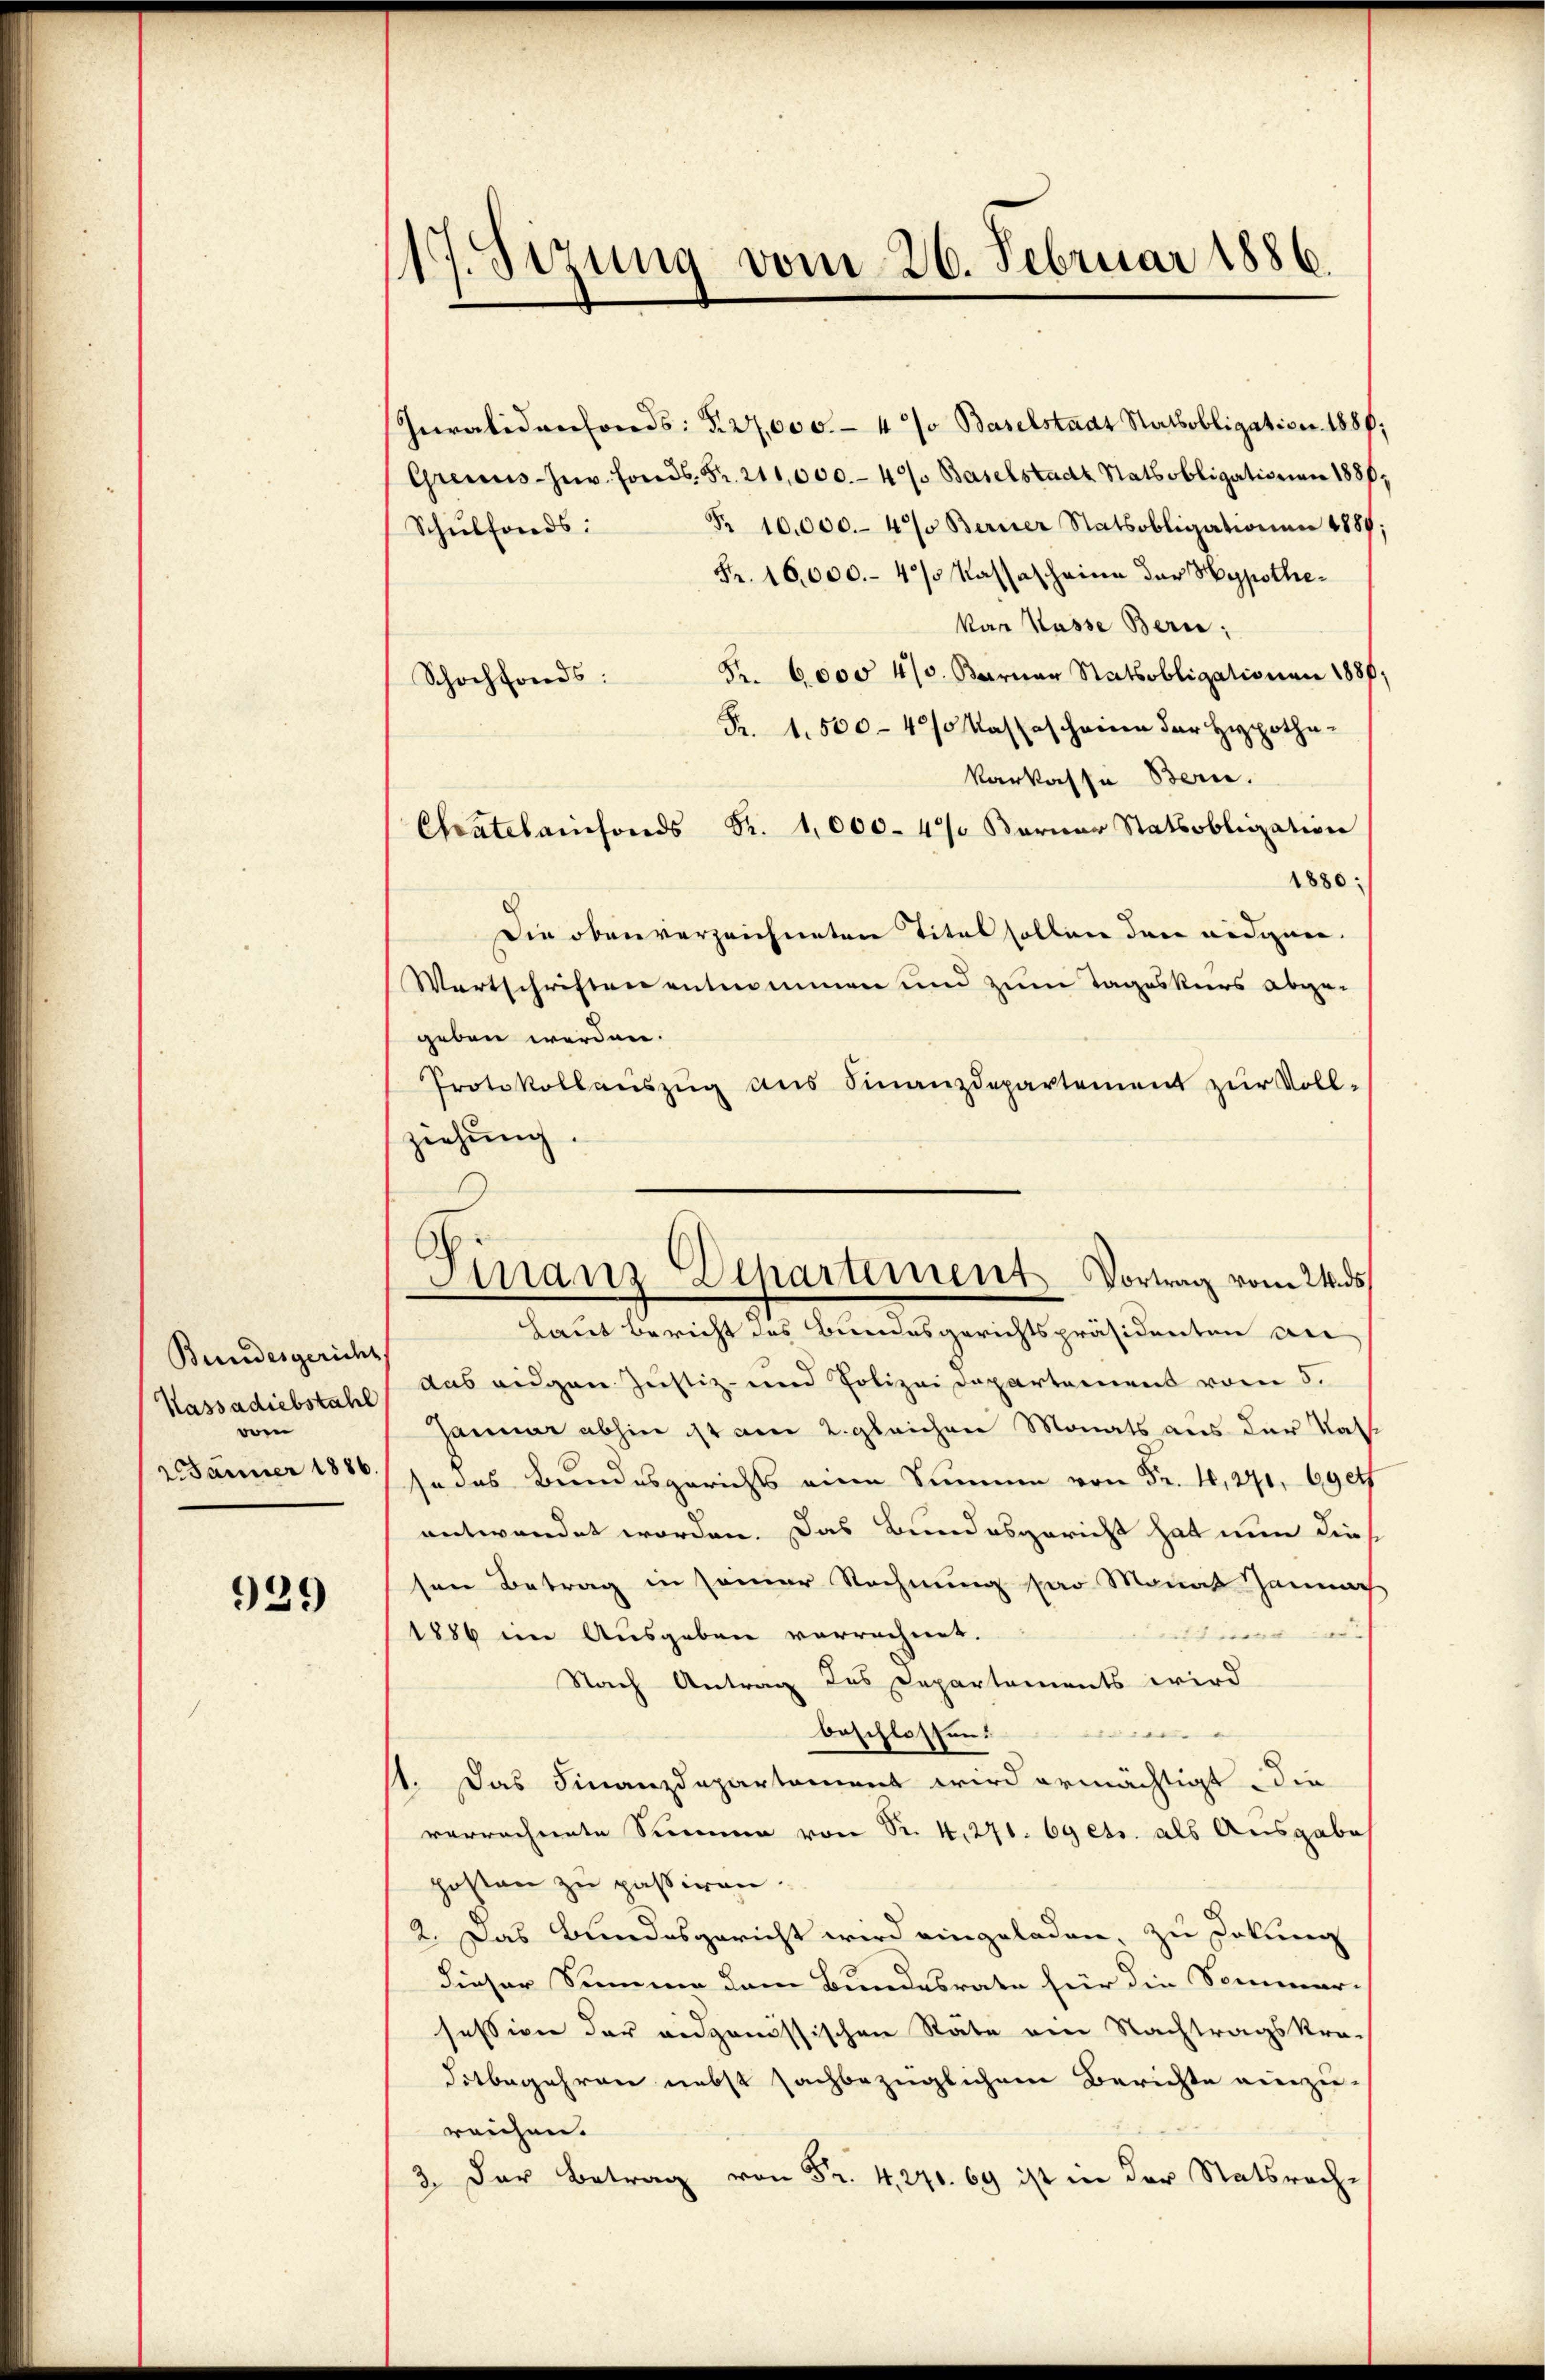
Bundesgericht
Kassadiebstahl
wen
2. Jänner 1886.

929

117. Sizung vom 26. Februar 1886.

Iuralidenfonds: §. 27,000.- 4% Baselstadt Ratsobligation. 1886,
Grecus-Inv. Fonds. Fr. 211,000.- 4. Baselstadt Statsobligationen 1880,
Fr. 10,000.- 4% Berner Statsobligationen 1887;
Schulfonds:
Fr. 16,000.- 4/ Kassascheine der Hypothekar Kasse Bern;
Fr. 6000 4/0. Barner Statsobligationen 1880,
Schochfonds:
Fr. 1,500-4/ Kassascheine der Hypothakarkasse Bern.
Chatelainfonds Fr. 1,000. 4% Karner Statsobligation
1880:
Die obenverzeichneten Titel sollen den nidigen.
Wortschriften entnommen und zum Tageskurs abge-
geben werden.
Protokollauszug aus Finanzdepartement zur Voll-
ziehung.
Laut Bericht des Bundesgerichtspräsidenten an
das eidgen Justiz- und Polizei Departamens vom 5.
Januar abhin ist am 2. gleichen Monats aus der Kassodas Bundesgerichts eine Simmen von Fr. 16, 270, 6904
entwendet worden. Das Bundesgericht hat nun dies
sen Betrag in seiner Rechnung das Monat Jennah
1886 im Ausgaben verrechnet.
ndt wenn an- |
Nach Antrag des Departements wird
beschlossen:
d
1. Das Finanzdepartement wird ermächtigt die
verrechente Summe von Sr. 4,271. 69 etc. als Ausgabe
posten zu passiren.
2. Das Bundesgericht wird eingeladen, zu Dokung
dieser Summe dem Bundesrate für die Sommer-
session der eidgenössischen Räte am Nachtragskra-
ditbegehren nebst sachbezüglichem Berichte einzu-
reichen.
2. der Betrag von Fr. 4,270. 69 ist in der Statsrech-

Finanz-Departement Vortrag vom 24. ds